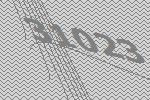
31023